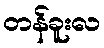
တန်ခူးလ